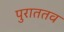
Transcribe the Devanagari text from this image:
पुराततव